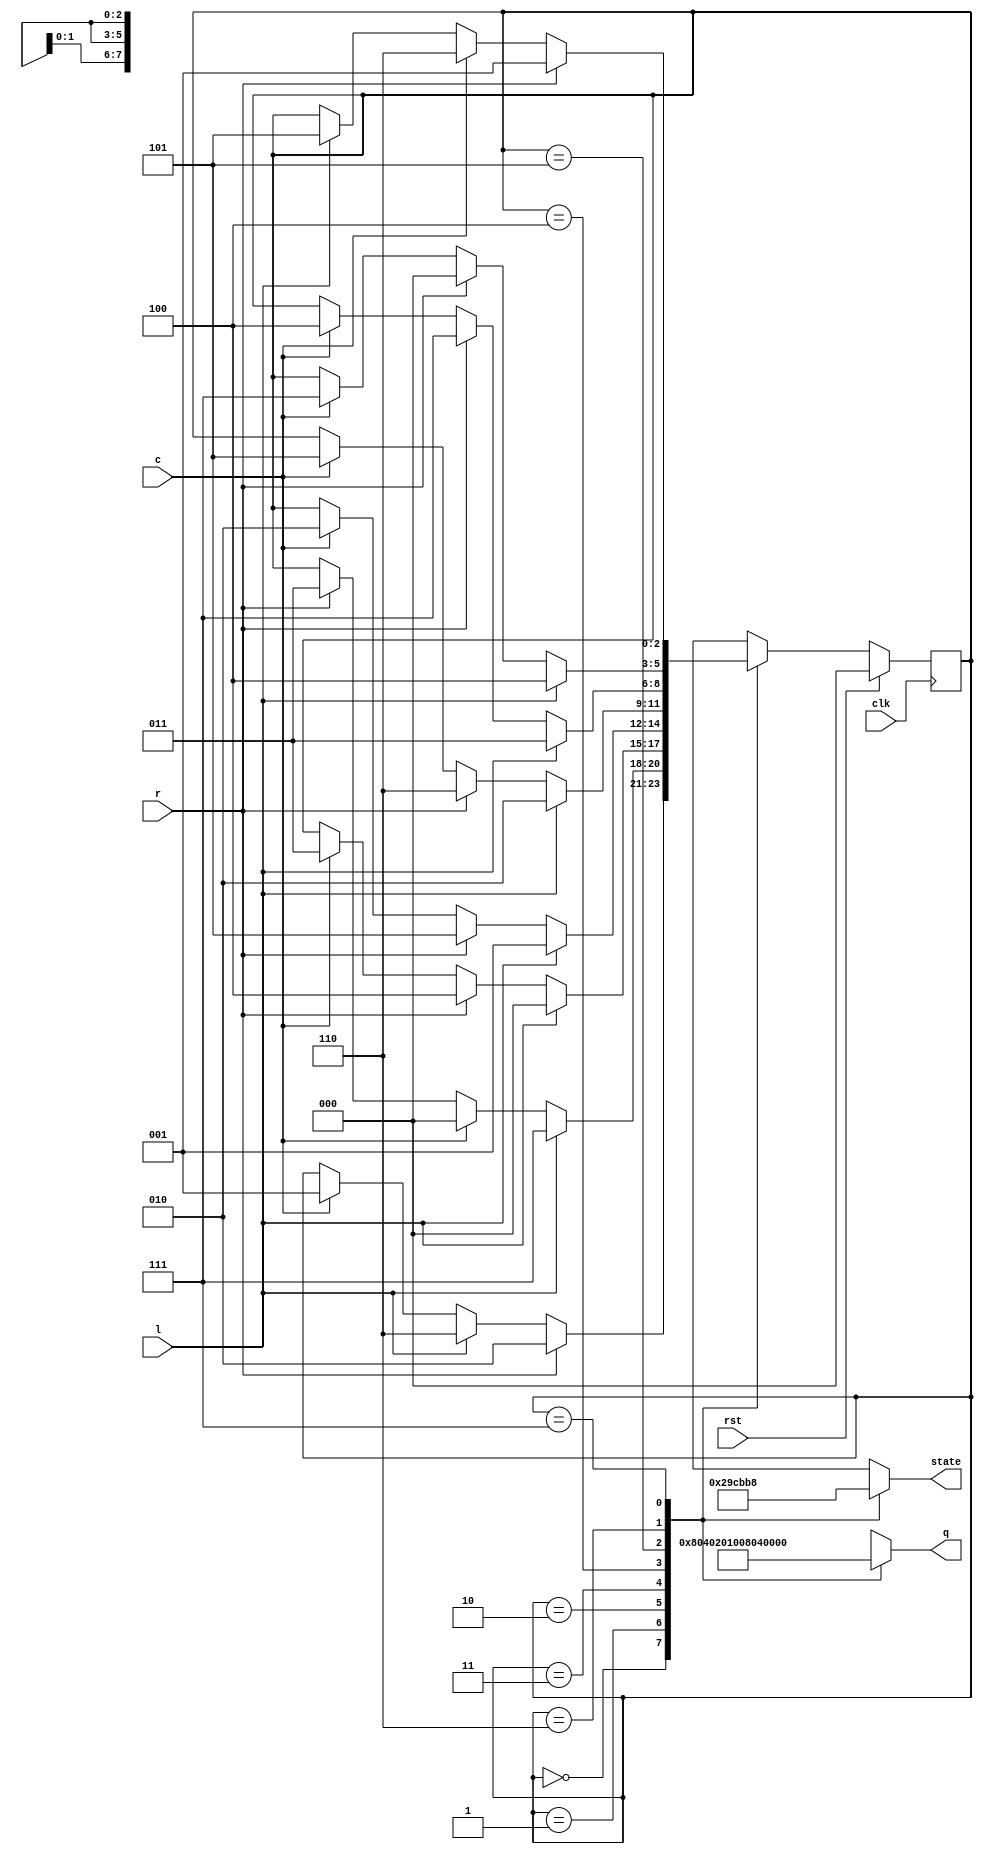
/*
   This file was generated automatically by Alchitry Labs version 1.2.1.
   Do not edit this file directly. Instead edit the original Lucid source.
   This is a temporary file and any changes made to it will be destroyed.
*/

module basket_fsm_4 (
    input clk,
    input rst,
    input l,
    input r,
    input c,
    output reg [7:0] q,
    output reg [2:0] state
  );
  
  
  
  localparam ABLUE_basket = 3'd0;
  localparam ARED_basket = 3'd1;
  localparam BBLUE_basket = 3'd2;
  localparam BRED_basket = 3'd3;
  localparam CBLUE_basket = 3'd4;
  localparam CRED_basket = 3'd5;
  localparam DBLUE_basket = 3'd6;
  localparam DRED_basket = 3'd7;
  
  reg [2:0] M_basket_d, M_basket_q = ABLUE_basket;
  
  always @* begin
    M_basket_d = M_basket_q;
    
    q = 8'h00;
    
    case (M_basket_q)
      ABLUE_basket: begin
        q = 8'h80;
        state = 1'h1;
        if (r) begin
          M_basket_d = BBLUE_basket;
        end else begin
          if (l) begin
            M_basket_d = DBLUE_basket;
          end else begin
            if (c) begin
              M_basket_d = ARED_basket;
            end
          end
        end
      end
      ARED_basket: begin
        q = 8'h40;
        state = 2'h2;
        if (r) begin
          M_basket_d = BRED_basket;
        end
        if (l) begin
          M_basket_d = DRED_basket;
        end else begin
          if (c) begin
            M_basket_d = ABLUE_basket;
          end
        end
      end
      BBLUE_basket: begin
        q = 8'h20;
        state = 2'h3;
        if (l) begin
          M_basket_d = ABLUE_basket;
        end else begin
          if (r) begin
            M_basket_d = CBLUE_basket;
          end else begin
            if (c) begin
              M_basket_d = BRED_basket;
            end
          end
        end
      end
      BRED_basket: begin
        q = 8'h10;
        state = 3'h4;
        if (l) begin
          M_basket_d = ARED_basket;
        end else begin
          if (r) begin
            M_basket_d = CRED_basket;
          end else begin
            if (c) begin
              M_basket_d = BBLUE_basket;
            end
          end
        end
      end
      CBLUE_basket: begin
        q = 8'h08;
        state = 3'h5;
        if (l) begin
          M_basket_d = BBLUE_basket;
        end else begin
          if (r) begin
            M_basket_d = DBLUE_basket;
          end else begin
            if (c) begin
              M_basket_d = CRED_basket;
            end
          end
        end
      end
      CRED_basket: begin
        q = 8'h04;
        state = 3'h6;
        if (l) begin
          M_basket_d = BRED_basket;
        end else begin
          if (r) begin
            M_basket_d = DRED_basket;
          end else begin
            if (c) begin
              M_basket_d = CBLUE_basket;
            end
          end
        end
      end
      DBLUE_basket: begin
        q = 8'h02;
        state = 3'h7;
        if (l) begin
          M_basket_d = CBLUE_basket;
        end else begin
          if (r) begin
            M_basket_d = ABLUE_basket;
          end else begin
            if (c) begin
              M_basket_d = DRED_basket;
            end
          end
        end
      end
      DRED_basket: begin
        q = 8'h01;
        state = 4'h8;
        if (l) begin
          M_basket_d = CRED_basket;
        end
        if (r) begin
          M_basket_d = ARED_basket;
        end else begin
          if (c) begin
            M_basket_d = DBLUE_basket;
          end
        end
      end
      default: begin
        M_basket_d = ABLUE_basket;
        state = 1'h0;
      end
    endcase
  end
  
  always @(posedge clk) begin
    if (rst == 1'b1) begin
      M_basket_q <= 1'h0;
    end else begin
      M_basket_q <= M_basket_d;
    end
  end
  
endmodule